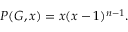
P ( G , x ) = x ( x - 1 ) ^ { n - 1 } .